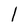
Character: l